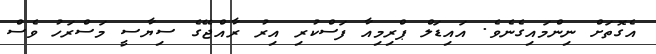
އެގޮތަށް ނިންމައިގެނެވެ. އައިޑަލް ޕްރިމިއާ ފަސްކުރި އިރު ރާއްޖޭގެ ސިޔާސީ މަސްރަހު ވެސް